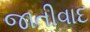
જાતીવાદ